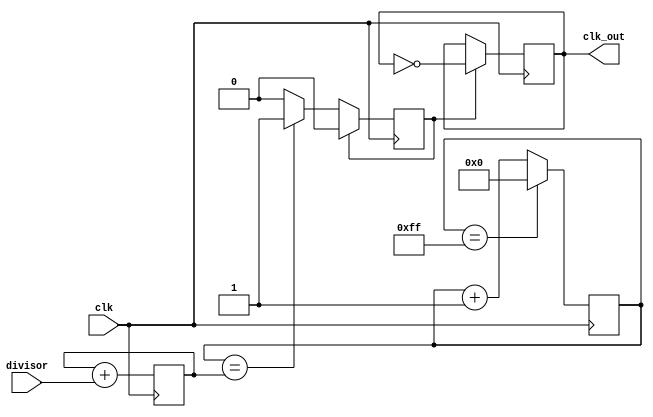
module fractional_clock_divider (
    input wire clk,
    input wire [7:0] divisor,
    output reg clk_out
);

reg [7:0] counter;
reg [7:0] remainder;
reg sync;

always @(posedge clk) begin
    // Increment counter and check for overflow
    if(counter == 8'hFF) begin
        counter <= 8'h00;
    end else begin
        counter <= counter + 1;
    end
    
    // Calculate remainder
    remainder <= remainder + divisor;
    
    // Synchronize output clock signal
    if(sync) begin
        clk_out <= ~clk_out;
        sync <= 0;
    end else if(counter == remainder) begin
        sync <= 1;
    end
end

endmodule